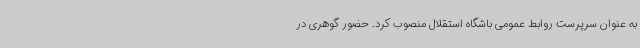
به عنوان سرپرست روابط عمومی باشگاه استقلال منصوب کرد. حضور گوهری در